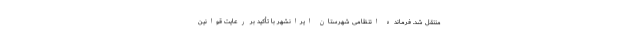
منتقل شد. فرمانده انتظامی شهرستان ایرانشهر با تأکید بر رعایت قوانین